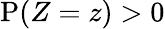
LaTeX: \mathrm{P}(Z=z)>0